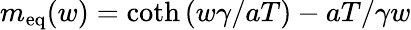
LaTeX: m_{\mathrm{eq}}(w)=\coth\left(w\gamma/aT\right)-aT/\gamma w